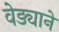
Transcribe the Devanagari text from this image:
वेड्याने